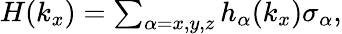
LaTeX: \begin{array}{r}{H(k_{x})=\sum_{\alpha=x,y,z}{h}_{\alpha}(k_{x})\sigma_{\alpha},}\end{array}